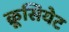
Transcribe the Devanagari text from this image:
क्रूसियेट